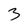
Character: 3